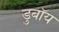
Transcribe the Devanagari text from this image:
डुबॉय